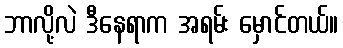
ဘာလို့လဲ ဒီနေရာက အရမ်း မှောင်တယ်။